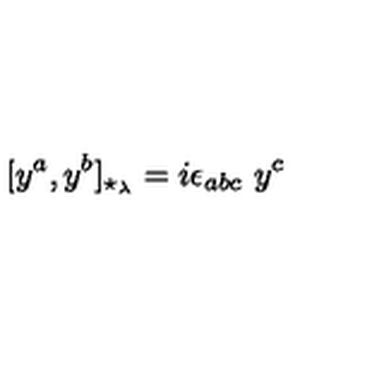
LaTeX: [ y ^ { a } , y ^ { b } ] _ { \star _ { \lambda } } = i \epsilon _ { a b c } \ y ^ { c }